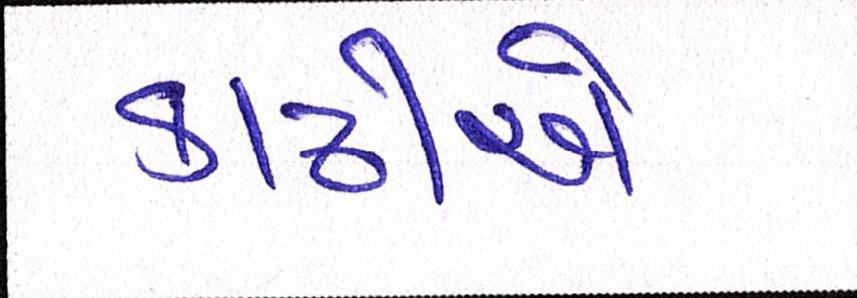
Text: કાઢીએ